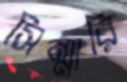
সিম্মারি